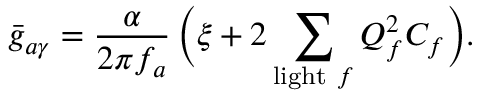
\bar { g } _ { a \gamma } = \frac { \alpha } { 2 \pi f _ { a } } \, \biggl ( \xi + 2 \sum _ { \mathrm { l i g h t ~ } f } Q _ { f } ^ { 2 } C _ { f } \biggr ) .